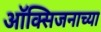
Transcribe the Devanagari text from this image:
ऑक्सिजनाच्या